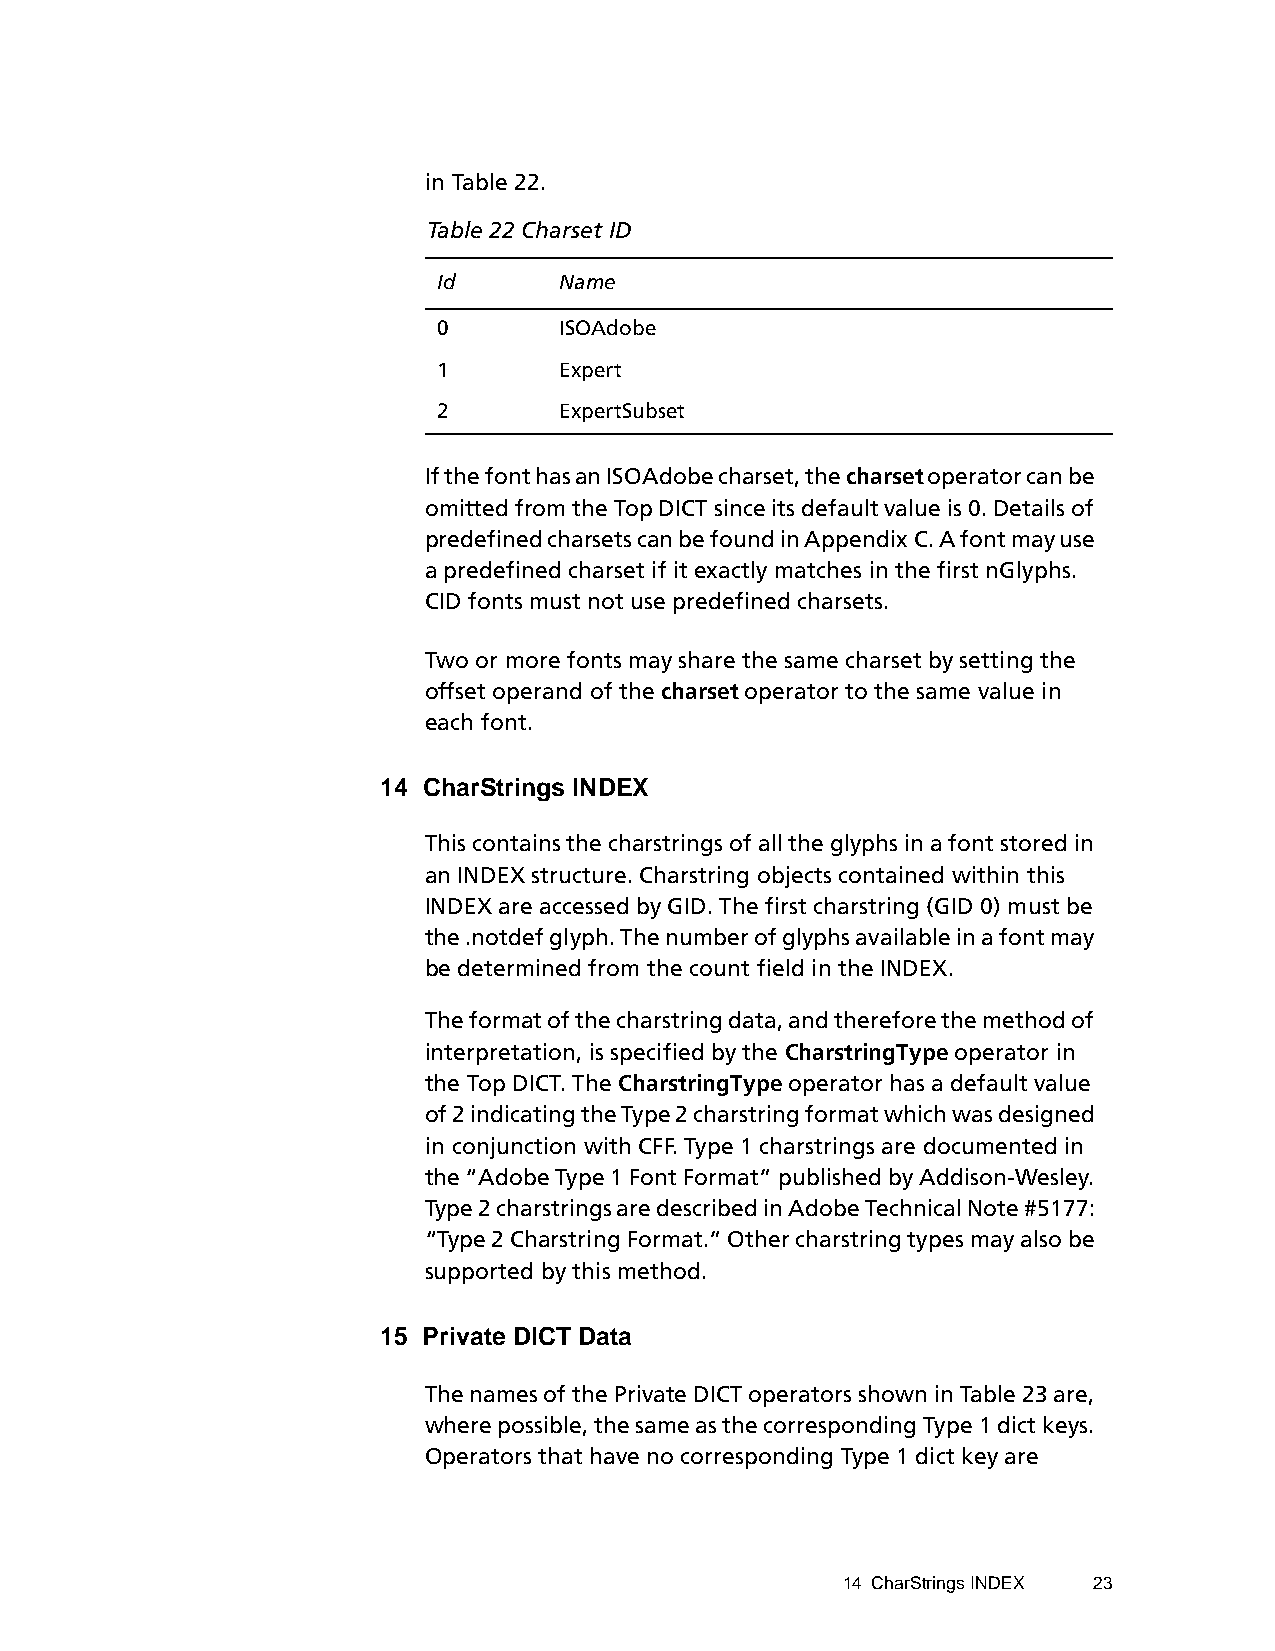
in Table 22.
 Table 22 Charset ID
 Id      Name
 0       ISOAdobe
 1       Expert
 2       ExpertSubset
 If the font has an ISOAdobe charset, the charset operator can be
 omitted from the Top DICT since its default value is 0. Details of
 predefined charsets can be found in Appendix C. A font may use
 a predefined charset if it exactly matches in the first nGlyphs.
 CID fonts must not use predefined charsets.
 Two or more fonts may share the same charset by setting the
 offset operand of the charset operator to the same value in
 each font.
 14 CharStrings INDEX
 This contains the charstrings of all the glyphs in a font stored in
 an INDEX structure. Charstring objects contained within this
 INDEX are accessed by GID. The first charstring (GID 0) must be
 the .notdef glyph. The number of glyphs available in a font may
 be determined from the count field in the INDEX.
 The format of the charstring data, and therefore the method of
 interpretation, is specified by the CharstringType operator in
 the Top DICT. The CharstringType operator has a default value
 of 2 indicating the Type 2 charstring format which was designed
 in conjunction with CFF. Type 1 charstrings are documented in
 the “Adobe Type 1 Font Format” published by Addison-Wesley.
 Type 2 charstrings are described in Adobe Technical Note #5177:
 “Type 2 Charstring Format.” Other charstring types may also be
 supported by this method.
 15 Private DICT Data
 The names of the Private DICT operators shown in Table 23 are,
 where possible, the same as the corresponding Type 1 dict keys.
 Operators that have no corresponding Type 1 dict key are
 14 CharStrings INDEX 23